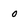
Character: 0